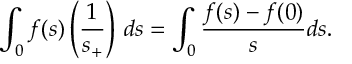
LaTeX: \int _ { 0 } f ( s ) \left( \frac { 1 } { s _ { + } } \right) \, d s = \int _ { 0 } \frac { f ( s ) - f ( 0 ) } { s } d s .